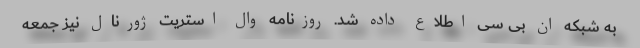
به شبکه ان بی سی اطلاع داده شد. روزنامه وال استریت ژورنال نیز جمعه